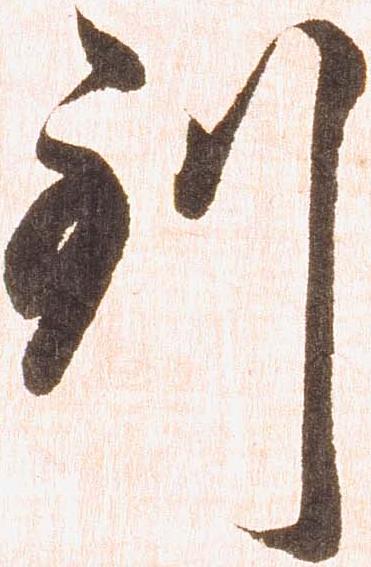
到